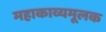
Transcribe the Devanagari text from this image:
महाकाव्यमूलक